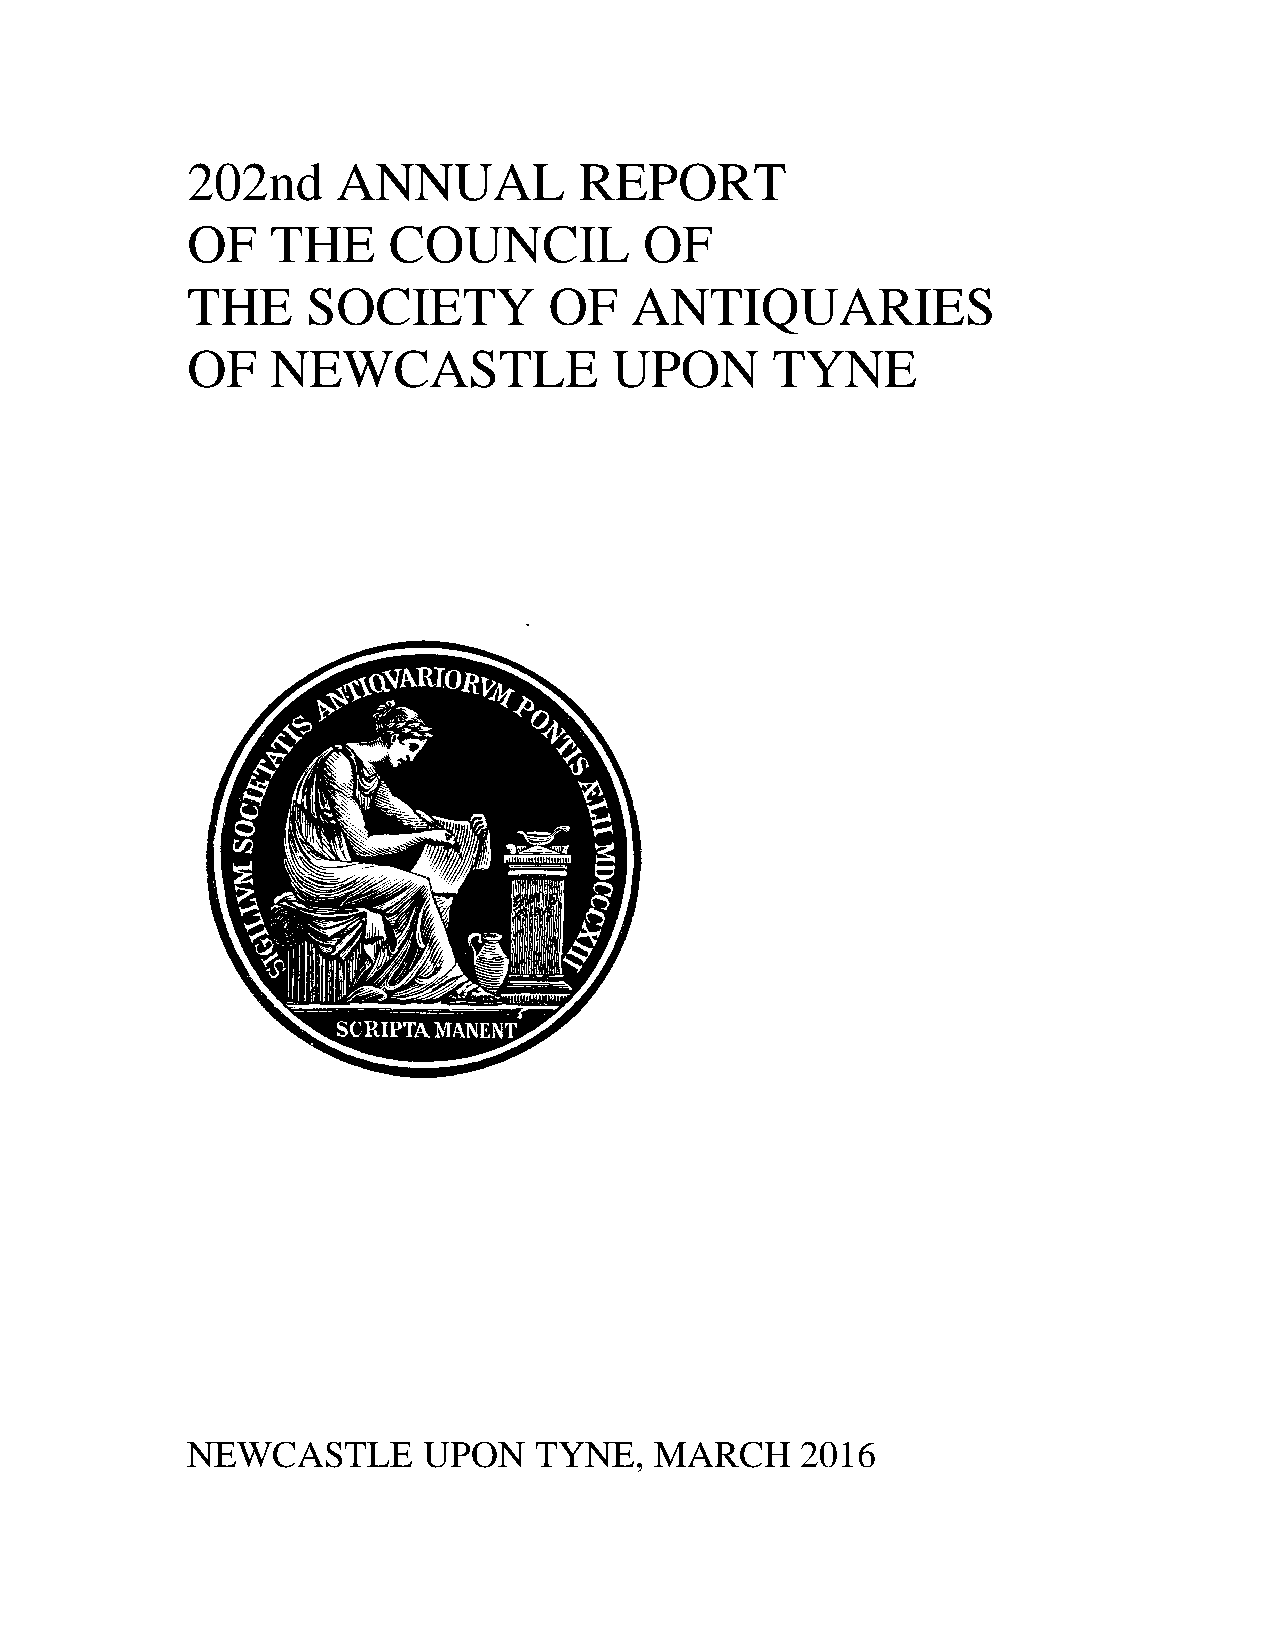
202nd     ANNUAL          REPORT
 OF    THE     COUNCIL          OF
 THE     SOCIETY         OF    ANTIQUARIES
 OF    NEWCASTLE              UPON      TYNE
 NEWCASTLE       UPON   TYNE,   MARCH     2016